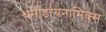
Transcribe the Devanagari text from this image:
थर्मोडायनामिक्‍स